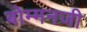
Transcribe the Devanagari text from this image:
बोम्मनजी